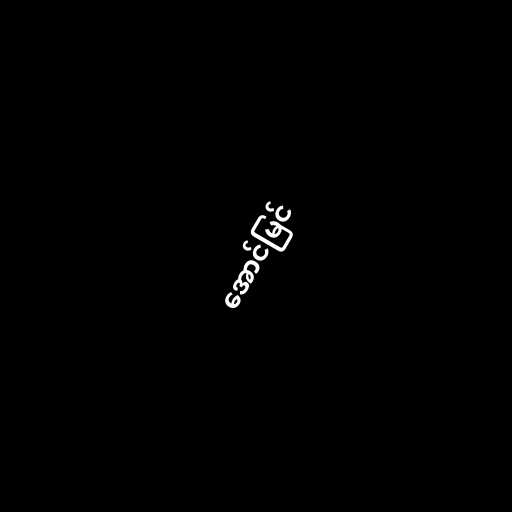
အောင်မြင်